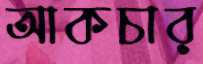
আকচার